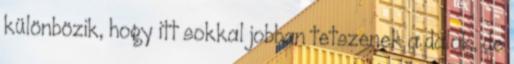
különbözik, hogy itt sokkal jobban tetszenek a dalok, de